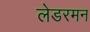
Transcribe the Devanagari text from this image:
लेडरमन